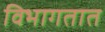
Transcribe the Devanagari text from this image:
विभागतात